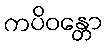
ကပိဝန္တော